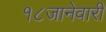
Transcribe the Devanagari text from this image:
१८जानेवारी